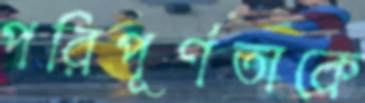
পরিপূর্ণতাকে